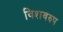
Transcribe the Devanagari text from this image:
विशवरुप